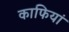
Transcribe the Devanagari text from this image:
काफियां